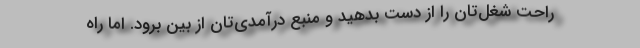
راحت شغل‌تان را از دست بدهید و منبع درآمدی‌تان از بین برود. اما راه